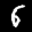
Label: 6